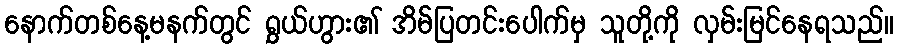
နောက်တစ်နေ့မနက်တွင် ရွှယ်ဟွား၏ အိမ်ပြတင်းပေါက်မှ သူတို့ကို လှမ်းမြင်နေရသည်။